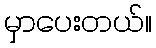
မှာပေးတယ်။